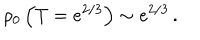
LaTeX: \rho _ { 0 } \left( T = e ^ { 2 / 3 } \right) \sim e ^ { 2 / 3 } \, .